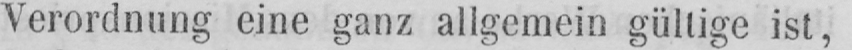
Verordnung eine ganz allgemein gültige ist,